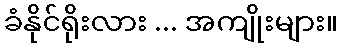
ခံနိုင်ရိုးလား ... အကျိုးများ။